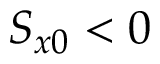
S _ { x 0 } < 0